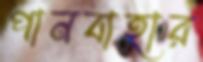
পানবাহার